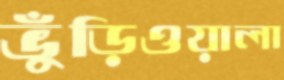
ভুঁড়িওয়ালা